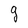
Character: g